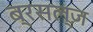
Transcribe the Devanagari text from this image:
ब्रसल्ज़